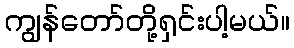
ကျွန်တော်တို့ရှင်းပါ့မယ်။